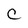
Character: C